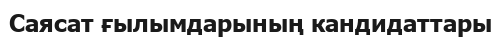
Саясат ғылымдарының кандидаттары